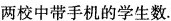
两校中带手机的学生数.